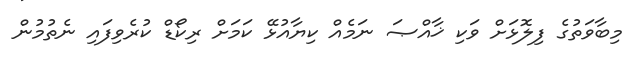
މިބާވަތުގެ ފިލޮޅަށް ވަކި ޚާއްޞަ ނަމެއް ކިޔާއުޅޭ ކަމަށް ރިކޯޑް ކުރެވިފައި ނެތުމުން